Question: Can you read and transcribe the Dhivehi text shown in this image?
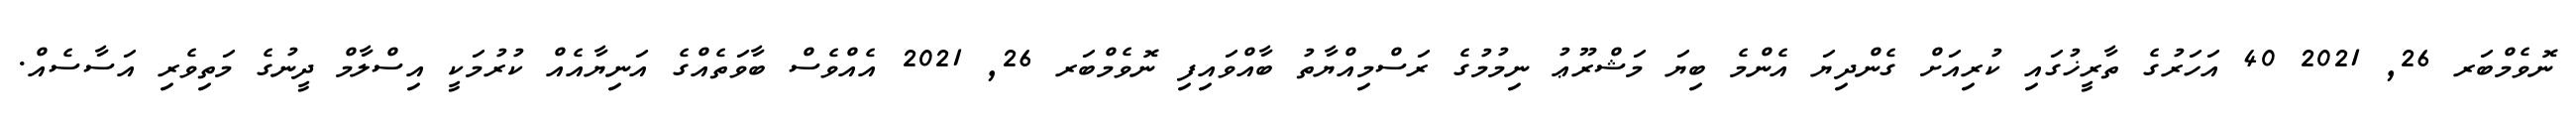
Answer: ނޮވެމްބަރ 26, 2021 40 އަހަރުގެ ތާރީޚުގައި ކުރިއަށް ގެންދިޔަ އެންމެ ބިޔަ މަޝްރޫޢު ނިމުމުގެ ރަސްމިއްޔާތު ބާއްވައިފި ނޮވެމްބަރ 26, 2021 އެއްވެސް ބާވަތެއްގެ އަނިޔާއެއް ކުރުމަކީ އިސްލާމް ދީނުގެ މަތިވެރި އަސާސެއް.